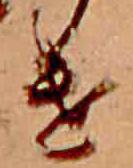
け